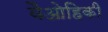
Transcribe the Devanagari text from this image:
वैओहिकी